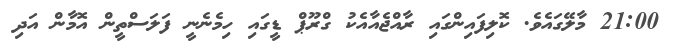
21:00 މާލޭގައެވެ. ކޮލިފައިންގައި ރާއްޖެއާއެކު ގްރޫޕް ޑީގައި ހިމެނެނީ ފަލަސްތީން އޮމާން އަދި